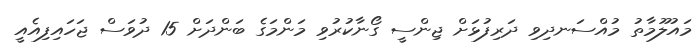
މައުލޫމާތު މުއްސަނދިވި ދަރިފުޅަށް ޖިންސީ ގޯނާކުރުވި މަންމަގެ ބަންދަށް 15 ދުވަސް ޖަހައިފިއެއީ